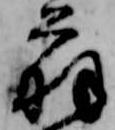
翁